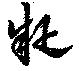
疑